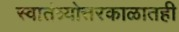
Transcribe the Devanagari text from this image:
स्वातंत्र्योत्तरकाळातही